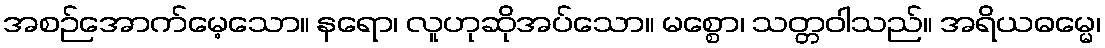
အစဉ်အောက်မေ့သော။ နရော၊ လူဟုဆိုအပ်သော။ မစ္စော၊ သတ္တဝါသည်။ အရိယဓမ္မေ၊